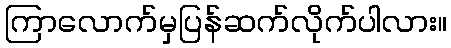
ကြာလောက်မှပြန်ဆက်လိုက်ပါလား။